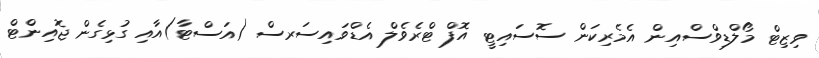
ވިޒިޓް މޯލްޑިވްސްއިން އެމެރިކަން ސޮސައިޓީ އޮފް ޓްރެވެލް އެޑްވައިސަރސް (އަސްޓާ)އާއި ގުޅިގެން ޖޮއިންޓް